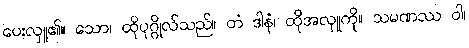
ပေးလှူ၏။ သော၊ ထိုပုဂ္ဂိုလ်သည်။ တံ ဒါနံ၊ ထိုအလှူကို။ သမဏဿ ဝါ၊